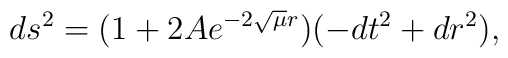
ds^2 = (1 + 2 A e^{-2 \sqrt{\mu} r})(-dt^2 + dr^2),